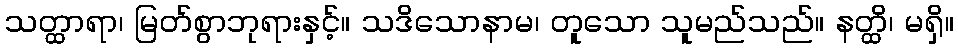
သတ္ထာရာ၊ မြတ်စွာဘုရားနှင့်။ သဒိသောနာမ၊ တူသော သူမည်သည်။ နတ္ထိ၊ မရှိ။